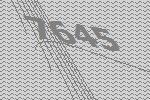
7645